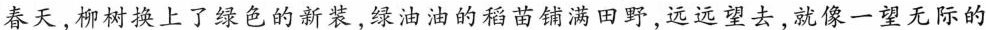
春天，柳树换上了绿色的新装，绿油油的稻苗铺满田野，远远望去，就像一望无际的